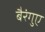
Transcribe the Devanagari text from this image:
बैरंगुए